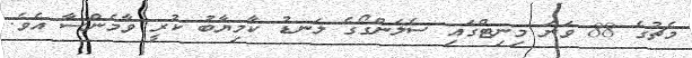
މެޗުގެ 88 ވަނަ މިނިޓްގައި ސެލަންގޯގެ ލަނޑު ކާމިޔާބު ކުރީ ވާމެންސާ އެވެ.